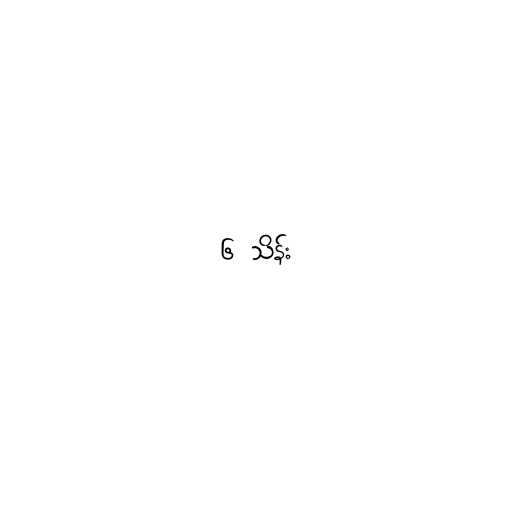
၆ သိန်း